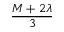
\frac { M + 2 \lambda } { 3 }